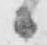
候